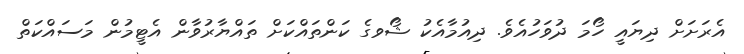
އެރަށަށް ދިޔައީ ހޯމަ ދުވަހުއެވެ. ދިއުމާއެކު ޝޯވގެ ކަންތައްކަށް ތައްޔާރުވާން އެޓީމުން މަސައްކަތް